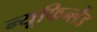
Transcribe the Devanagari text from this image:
न्यूफिन्लैंड